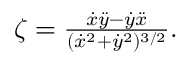
\begin{array} { r } { \zeta = \frac { \dot { x } \ddot { y } - \dot { y } \ddot { x } } { ( \dot { x } ^ { 2 } + \dot { y } ^ { 2 } ) ^ { 3 / 2 } } . } \end{array}